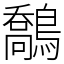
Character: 鷮